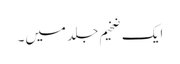
ایک ضخیم جلد میں۔